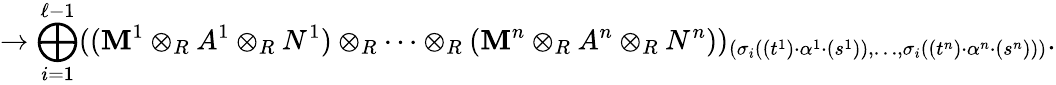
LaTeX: \to\bigoplus_{i=1}^{\ell-1}((\mathbf{M}^{1}\otimes_{R}A^{1}\otimes_{R}N^{1})\otimes_{R}\cdots\otimes_{R}(\mathbf{M}^{n}\otimes_{R}A^{n}\otimes_{R}N^{n}))_{(\sigma_{i}((t^{1})\cdot\alpha^{1}\cdot(s^{1})),\dots,\sigma_{i}((t^{n})\cdot\alpha^{n}\cdot(s^{n})))}.